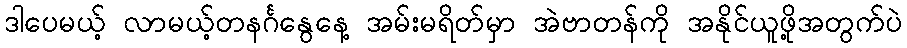
ဒါပေမယ့် လာမယ့်တနင်္ဂနွေနေ့ အမ်းမရိတ်မှာ အဲဗာတန်ကို အနိုင်ယူဖို့အတွက်ပဲ